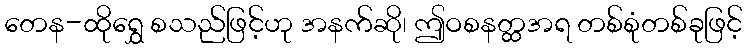
တေန-ထိုရွှေ စသည်ဖြင့်ဟု အနက်ဆို၊ ဤဝစနတ္ထအရ တစ်စုံတစ်ခုဖြင့်